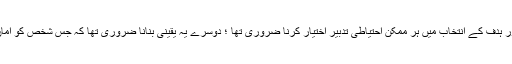
اس صورت میں ایک تو حملے کے وقت، جگہ اور ہدف کے انتخاب میں ہر ممکن احتیاطی تدبیر اختیار کرنا ضروری تھا ؛ دوسرے یہ یقینی بنانا ضروری تھا کہ جس شخص کو امان دی گئی تھی وہ کسی طرح بھی زد میں نہ آئے۔